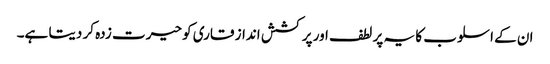
ان کے اسلوب کا یہ پر لطف اور پر کشش انداز قاری کو حیرت زدہ کر دیتا ہے۔